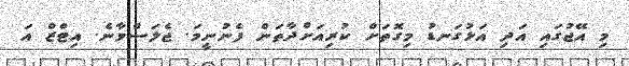
މި އޭޖުގައި އަދި އަޅުގަނޑު މިގޮތަށް ކުރިއަށްދާތަން ފެނުނީމަ. ޖެލަސްވާނެ. އިޓްޒް އަ